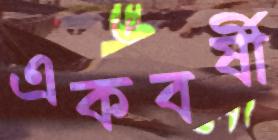
একবর্ষী